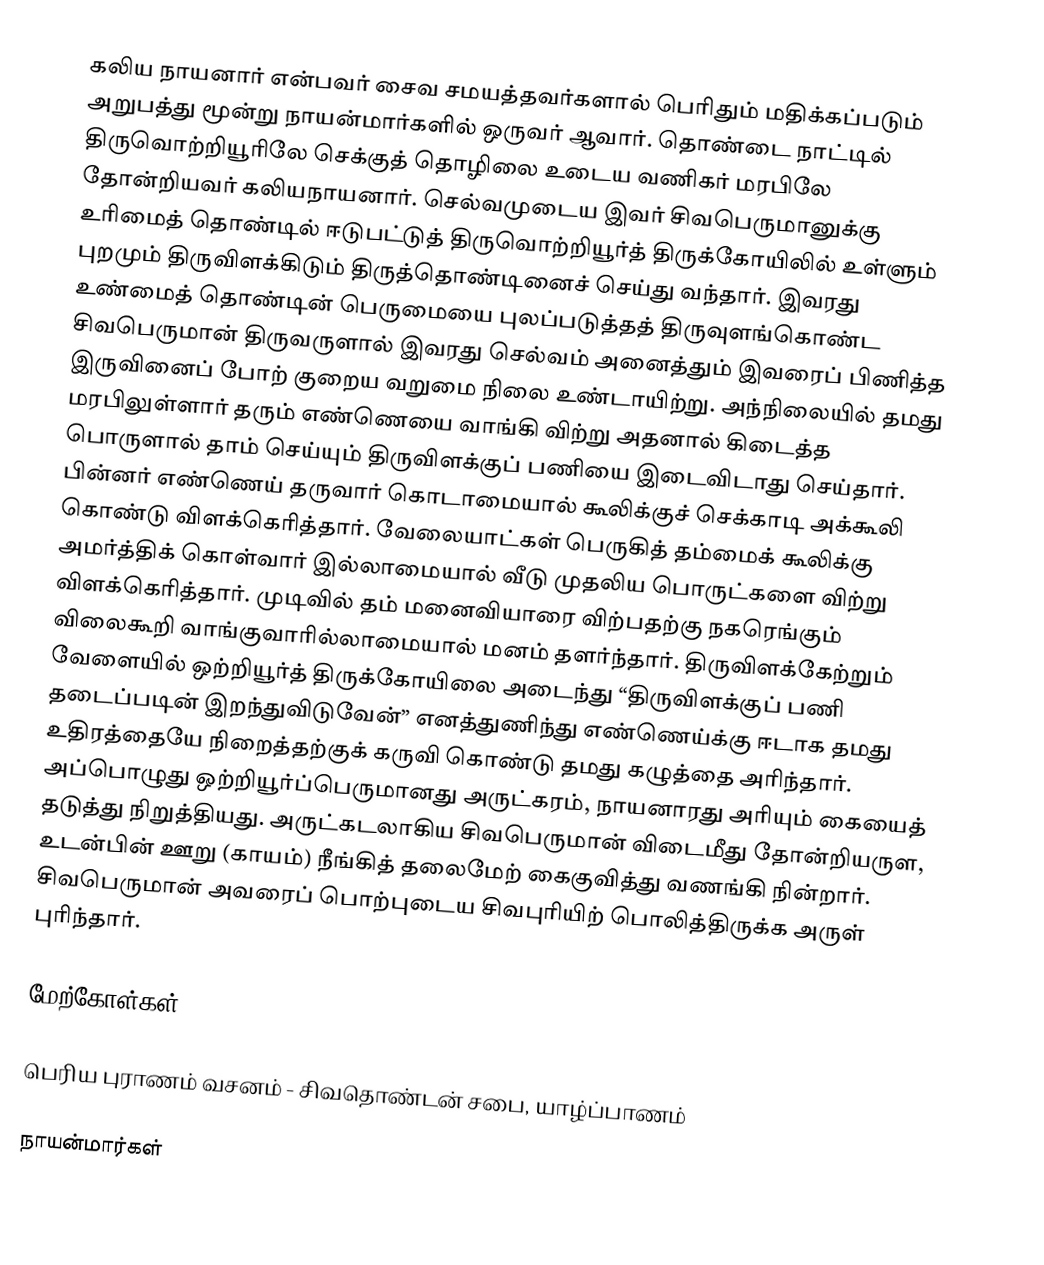
கலிய நாயனார் என்பவர் சைவ சமயத்தவர்களால் பெரிதும் மதிக்கப்படும் அறுபத்து மூன்று நாயன்மார்களில் ஒருவர் ஆவார். தொண்டை நாட்டில் திருவொற்றியூரிலே செக்குத் தொழிலை உடைய வணிகர் மரபிலே தோன்றியவர் கலியநாயனார். செல்வமுடைய இவர் சிவபெருமானுக்கு உரிமைத் தொண்டில் ஈடுபட்டுத் திருவொற்றியூர்த் திருக்கோயிலில் உள்ளும் புறமும் திருவிளக்கிடும் திருத்தொண்டினைச் செய்து வந்தார். இவரது உண்மைத் தொண்டின் பெருமையை புலப்படுத்தத் திருவுளங்கொண்ட சிவபெருமான் திருவருளால் இவரது செல்வம் அனைத்தும் இவரைப் பிணித்த இருவினைப் போற் குறைய வறுமை நிலை உண்டாயிற்று. அந்நிலையில் தமது மரபிலுள்ளார் தரும் எண்ணெயை வாங்கி விற்று அதனால் கிடைத்த பொருளால் தாம் செய்யும் திருவிளக்குப் பணியை இடைவிடாது செய்தார். பின்னர் எண்ணெய் தருவார் கொடாமையால் கூலிக்குச் செக்காடி அக்கூலி கொண்டு விளக்கெரித்தார். வேலையாட்கள் பெருகித் தம்மைக் கூலிக்கு அமர்த்திக் கொள்வார் இல்லாமையால் வீடு முதலிய பொருட்களை விற்று விளக்கெரித்தார். முடிவில் தம் மனைவியாரை விற்பதற்கு நகரெங்கும் விலைகூறி வாங்குவாரில்லாமையால் மனம் தளர்ந்தார். திருவிளக்கேற்றும் வேளையில் ஒற்றியூர்த் திருக்கோயிலை அடைந்து “திருவிளக்குப் பணி தடைப்படின் இறந்துவிடுவேன்” எனத்துணிந்து எண்ணெய்க்கு ஈடாக தமது உதிரத்தையே நிறைத்தற்குக் கருவி கொண்டு தமது கழுத்தை அரிந்தார். அப்பொழுது ஒற்றியூர்ப்பெருமானது அருட்கரம், நாயனாரது அரியும் கையைத் தடுத்து நிறுத்தியது. அருட்கடலாகிய சிவபெருமான் விடைமீது தோன்றியருள, உடன்பின் ஊறு (காயம்) நீங்கித் தலைமேற் கைகுவித்து வணங்கி நின்றார். சிவபெருமான் அவரைப் பொற்புடைய சிவபுரியிற் பொலித்திருக்க அருள் புரிந்தார்.

மேற்கோள்கள்

பெரிய புராணம் வசனம் - சிவதொண்டன் சபை, யாழ்ப்பாணம்

நாயன்மார்கள்